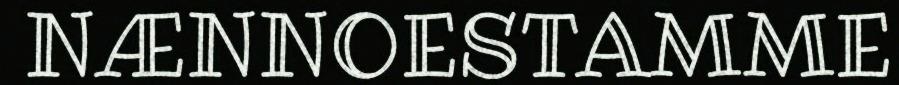
NÆNNOESTAMME